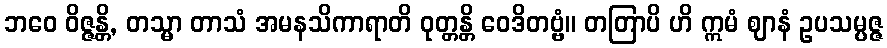
ဘဝေ ဝိဇ္ဇန္တိ, တသ္မာ တာသံ အမနသိကာရာတိ ဝုတ္တန္တိ ဝေဒိတဗ္ဗံ။ တတြာပိ ဟိ ဣမံ ဈာနံ ဥပသမ္ပဇ္ဇ